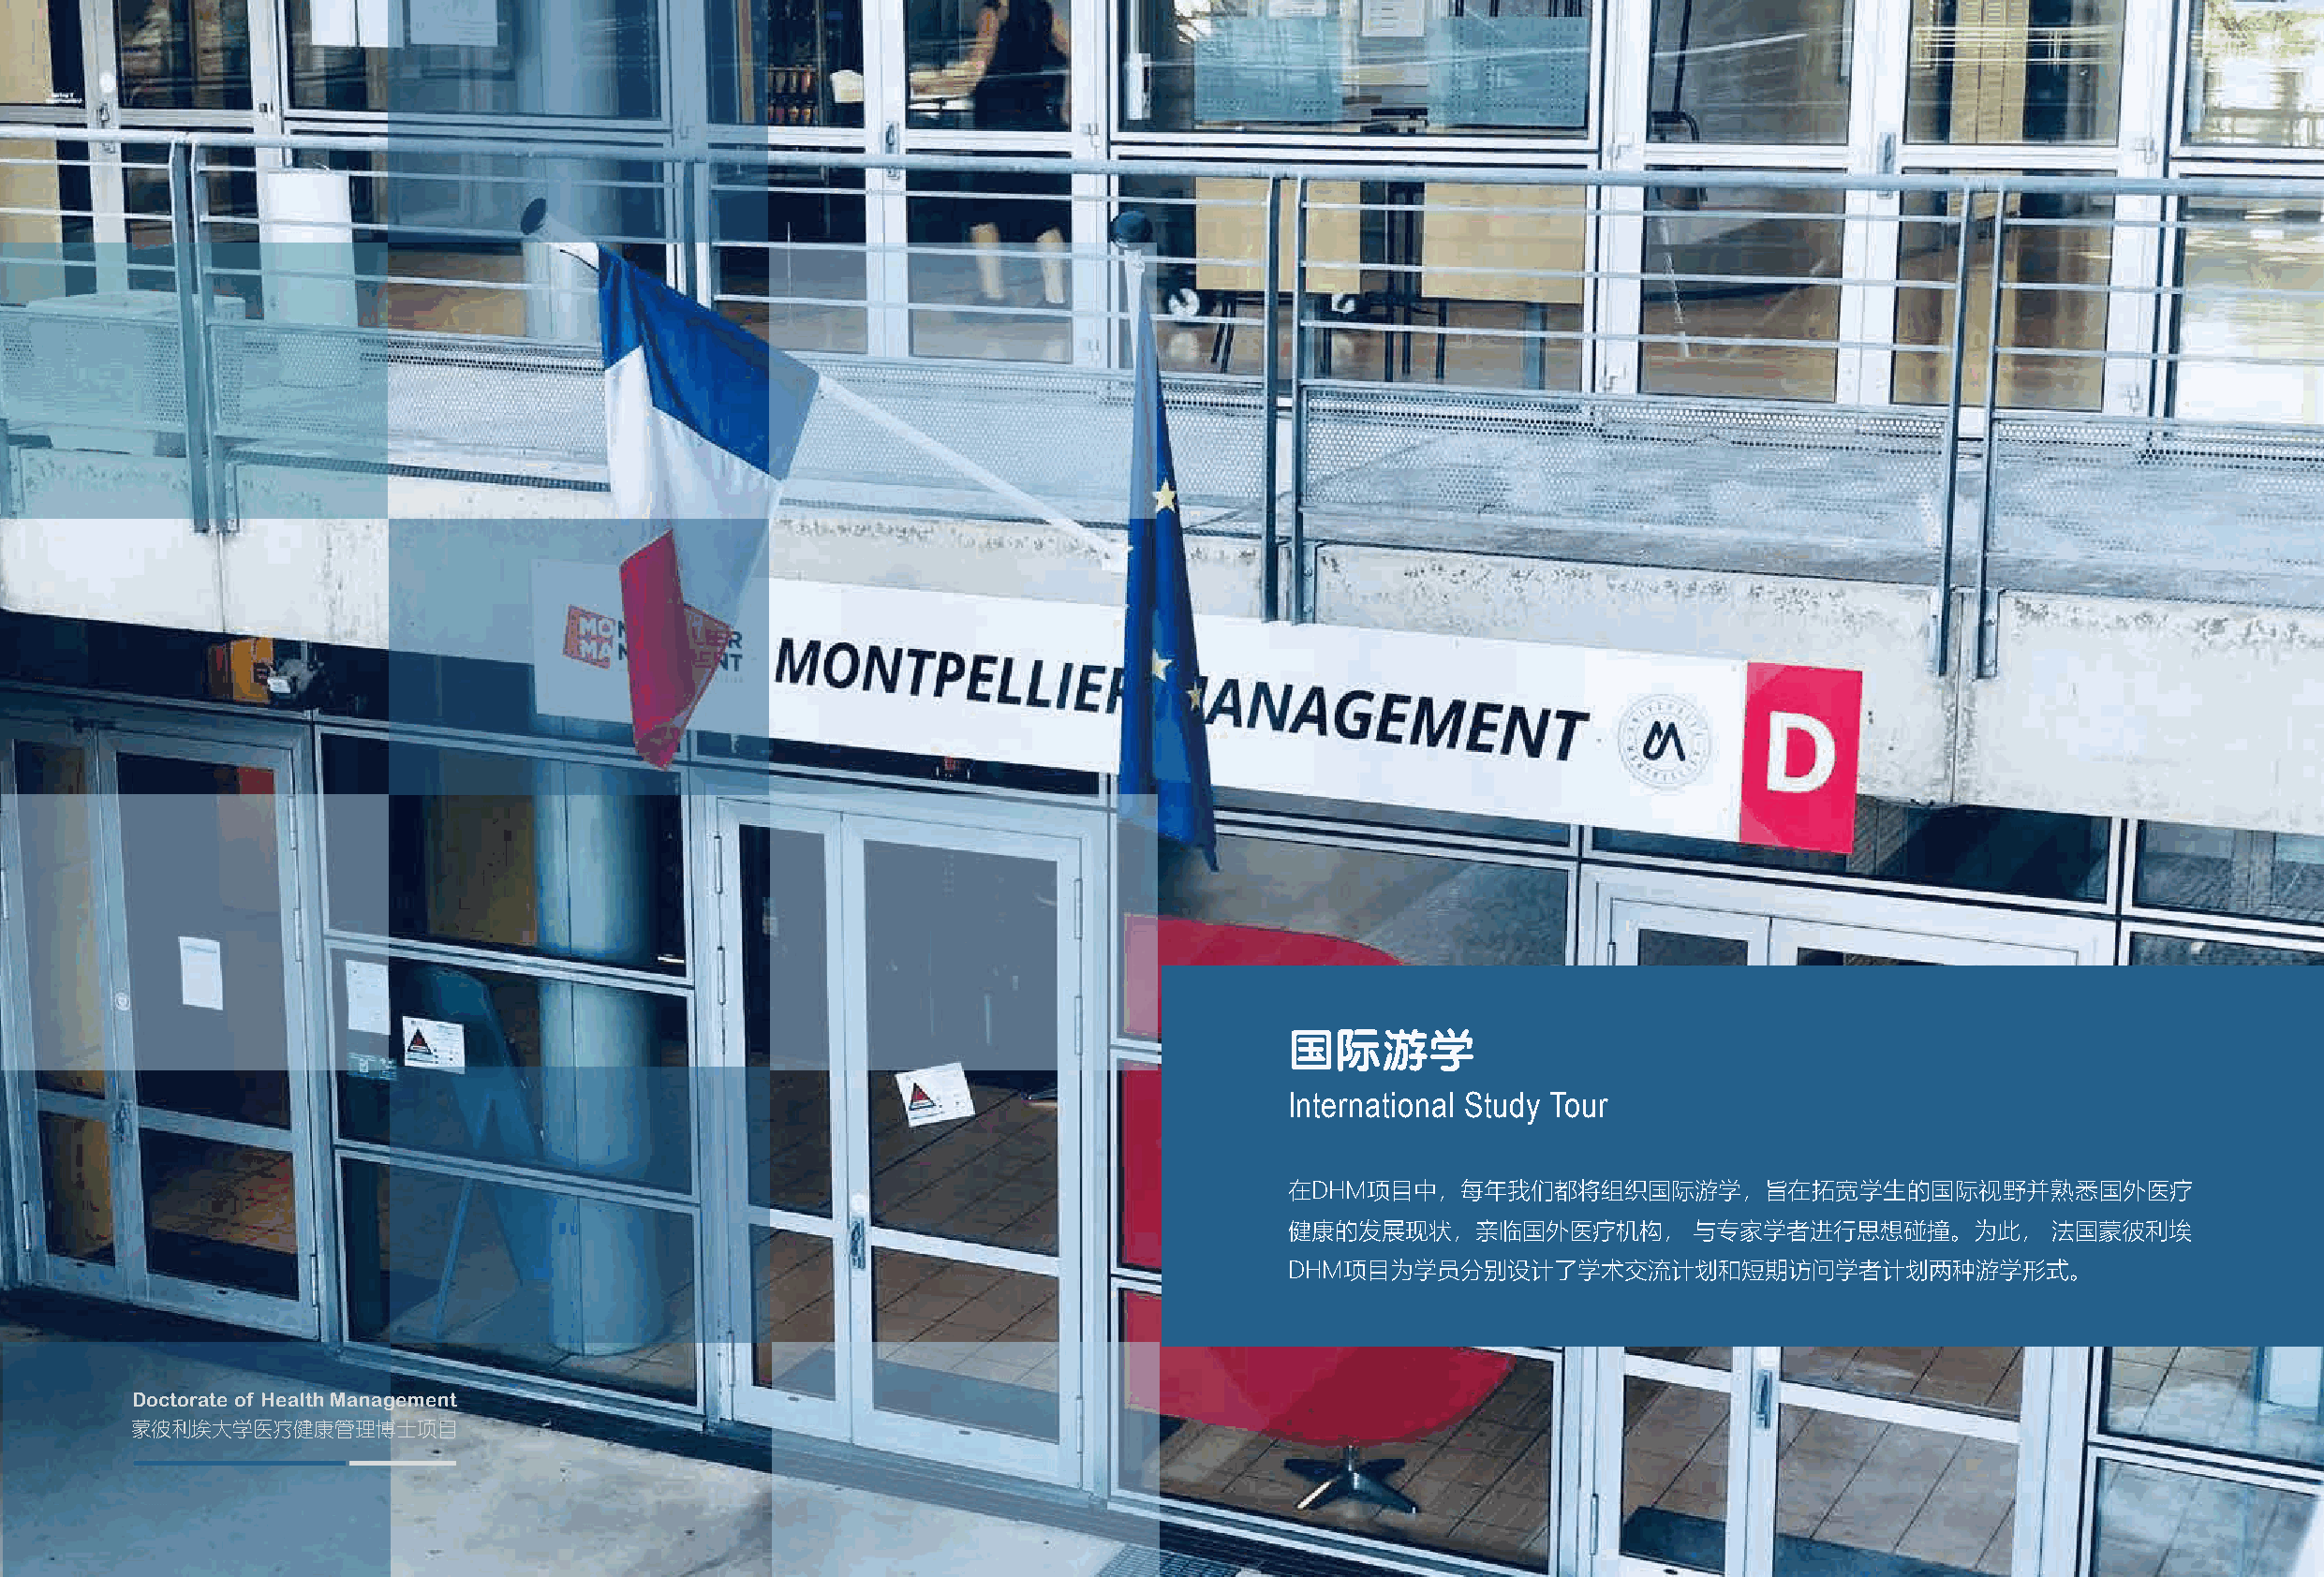
国际游学
 International Study Tour
 在DHM项目中，每年我们都将组织国际游学，旨在拓宽学生的国际视野并熟悉国外医疗
 健康的发展现状，亲临国外医疗机构，            与专家学者进行思想碰撞。为此，          法国蒙彼利埃
 DHM项目为学员分别设计了学术交流计划和短期访问学者计划两种游学形式。
 Doctorate of Health Management
 蒙彼利埃大学医疗健康管理博士项目